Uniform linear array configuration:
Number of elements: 12
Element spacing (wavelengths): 0.5
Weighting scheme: hamming
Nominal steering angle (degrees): -45
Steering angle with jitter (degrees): -46.648
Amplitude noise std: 0.05
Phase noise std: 0.05

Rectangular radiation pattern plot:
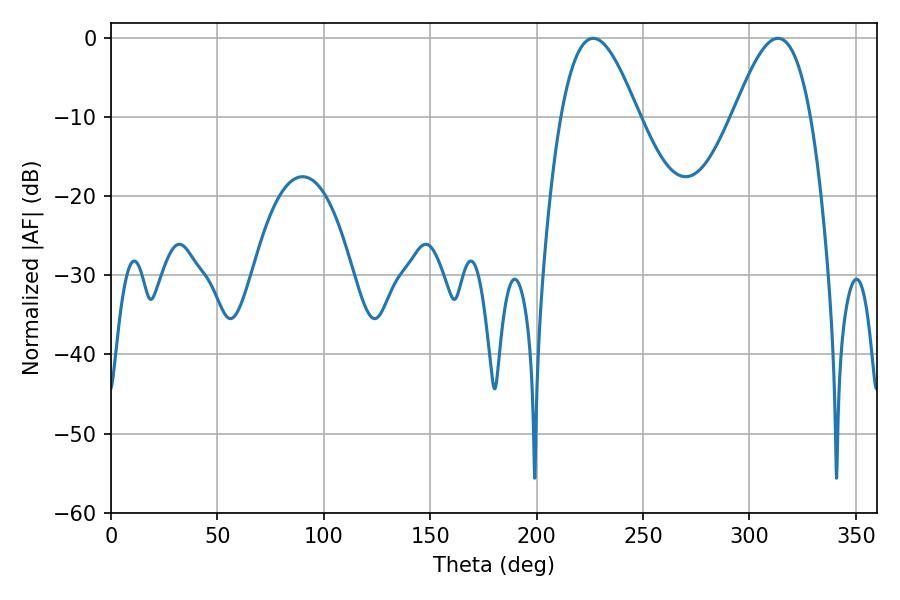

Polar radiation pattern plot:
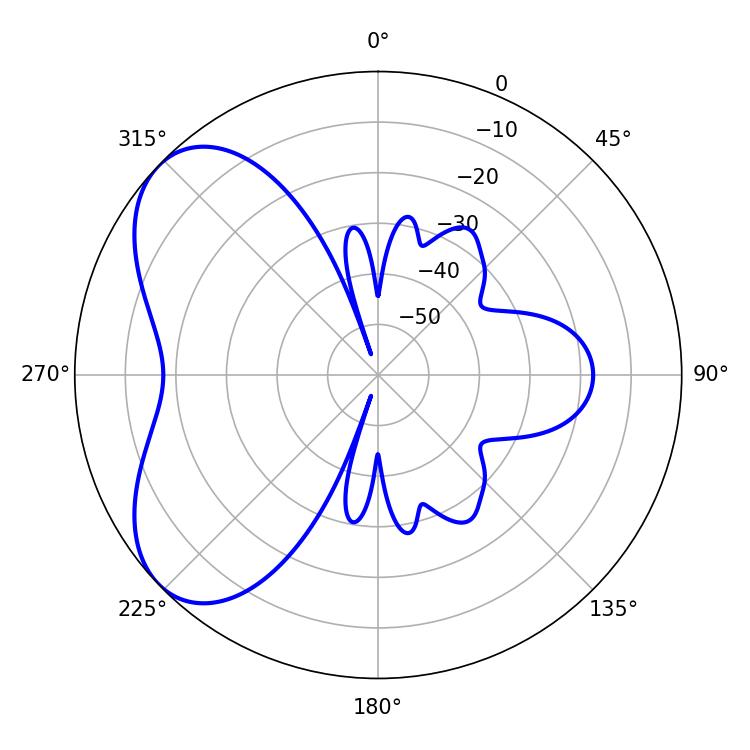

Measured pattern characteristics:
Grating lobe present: FALSE
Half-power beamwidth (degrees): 19.62
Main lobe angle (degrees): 226.62